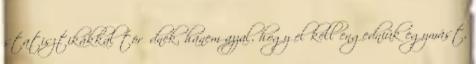
statisztikákkal törődnek, hanem azzal, hogy el kell engedniük egymást,